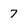
Character: 7